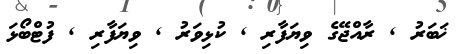
ޚަބަރު